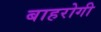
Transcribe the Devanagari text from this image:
बाहरोगी